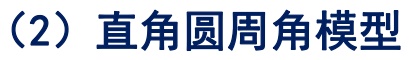
（2）直角圆周角模型